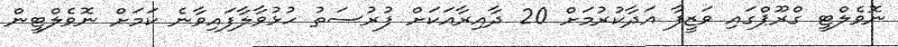
ނޮވެލްޓީ ގްރޫޕްގައި ވަޒީފާ އަދާކުރުމަށް 20 ދާއިރާއަކަށް ފުރުސަތު ހުޅުވާލާފައިވާނެ ކަމަށް ނޮވެލްޓީން